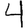
Digit: 4